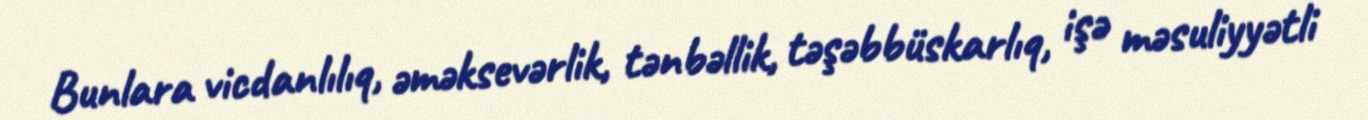
Bunlara vicdanlılıq, əməksevərlik, tənbəllik, təşəbbüskarlıq, işə məsuliyyətli